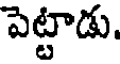
పెట్టాడు.